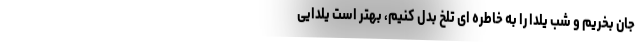
جان بخریم و شب یلدا را به خاطره ای تلخ بدل کنیم، بهتر است یلدایی